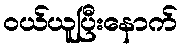
ဝယ်ယူပြီးနောက်